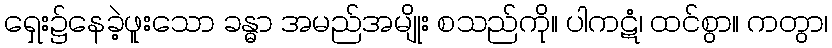
ရှေး၌နေခဲ့ဖူးသော ခန္ဓာ အမည်အမျိုး စသည်ကို။ ပါကဋံ၊ ထင်စွာ။ ကတွာ၊